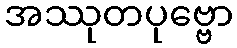
အဿုတပုဗ္ဗော